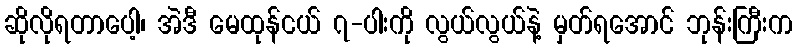
ဆိုလိုရတာပေါ့၊ အဲဒီ မေထုန်ငယ် ၇-ပါးကို လွယ်လွယ်နဲ့ မှတ်ရအောင် ဘုန်းကြီးက